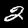
Label: 2